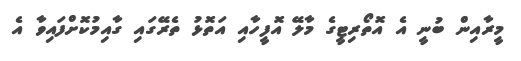
މީރާއިން ބުނީ އެ އޮތޯރިޓީގެ މާލޭ އޮފީހާއި އަތޮޅު ތެރޭގައި ގާއިމުކޮށްފައިވާ އެ